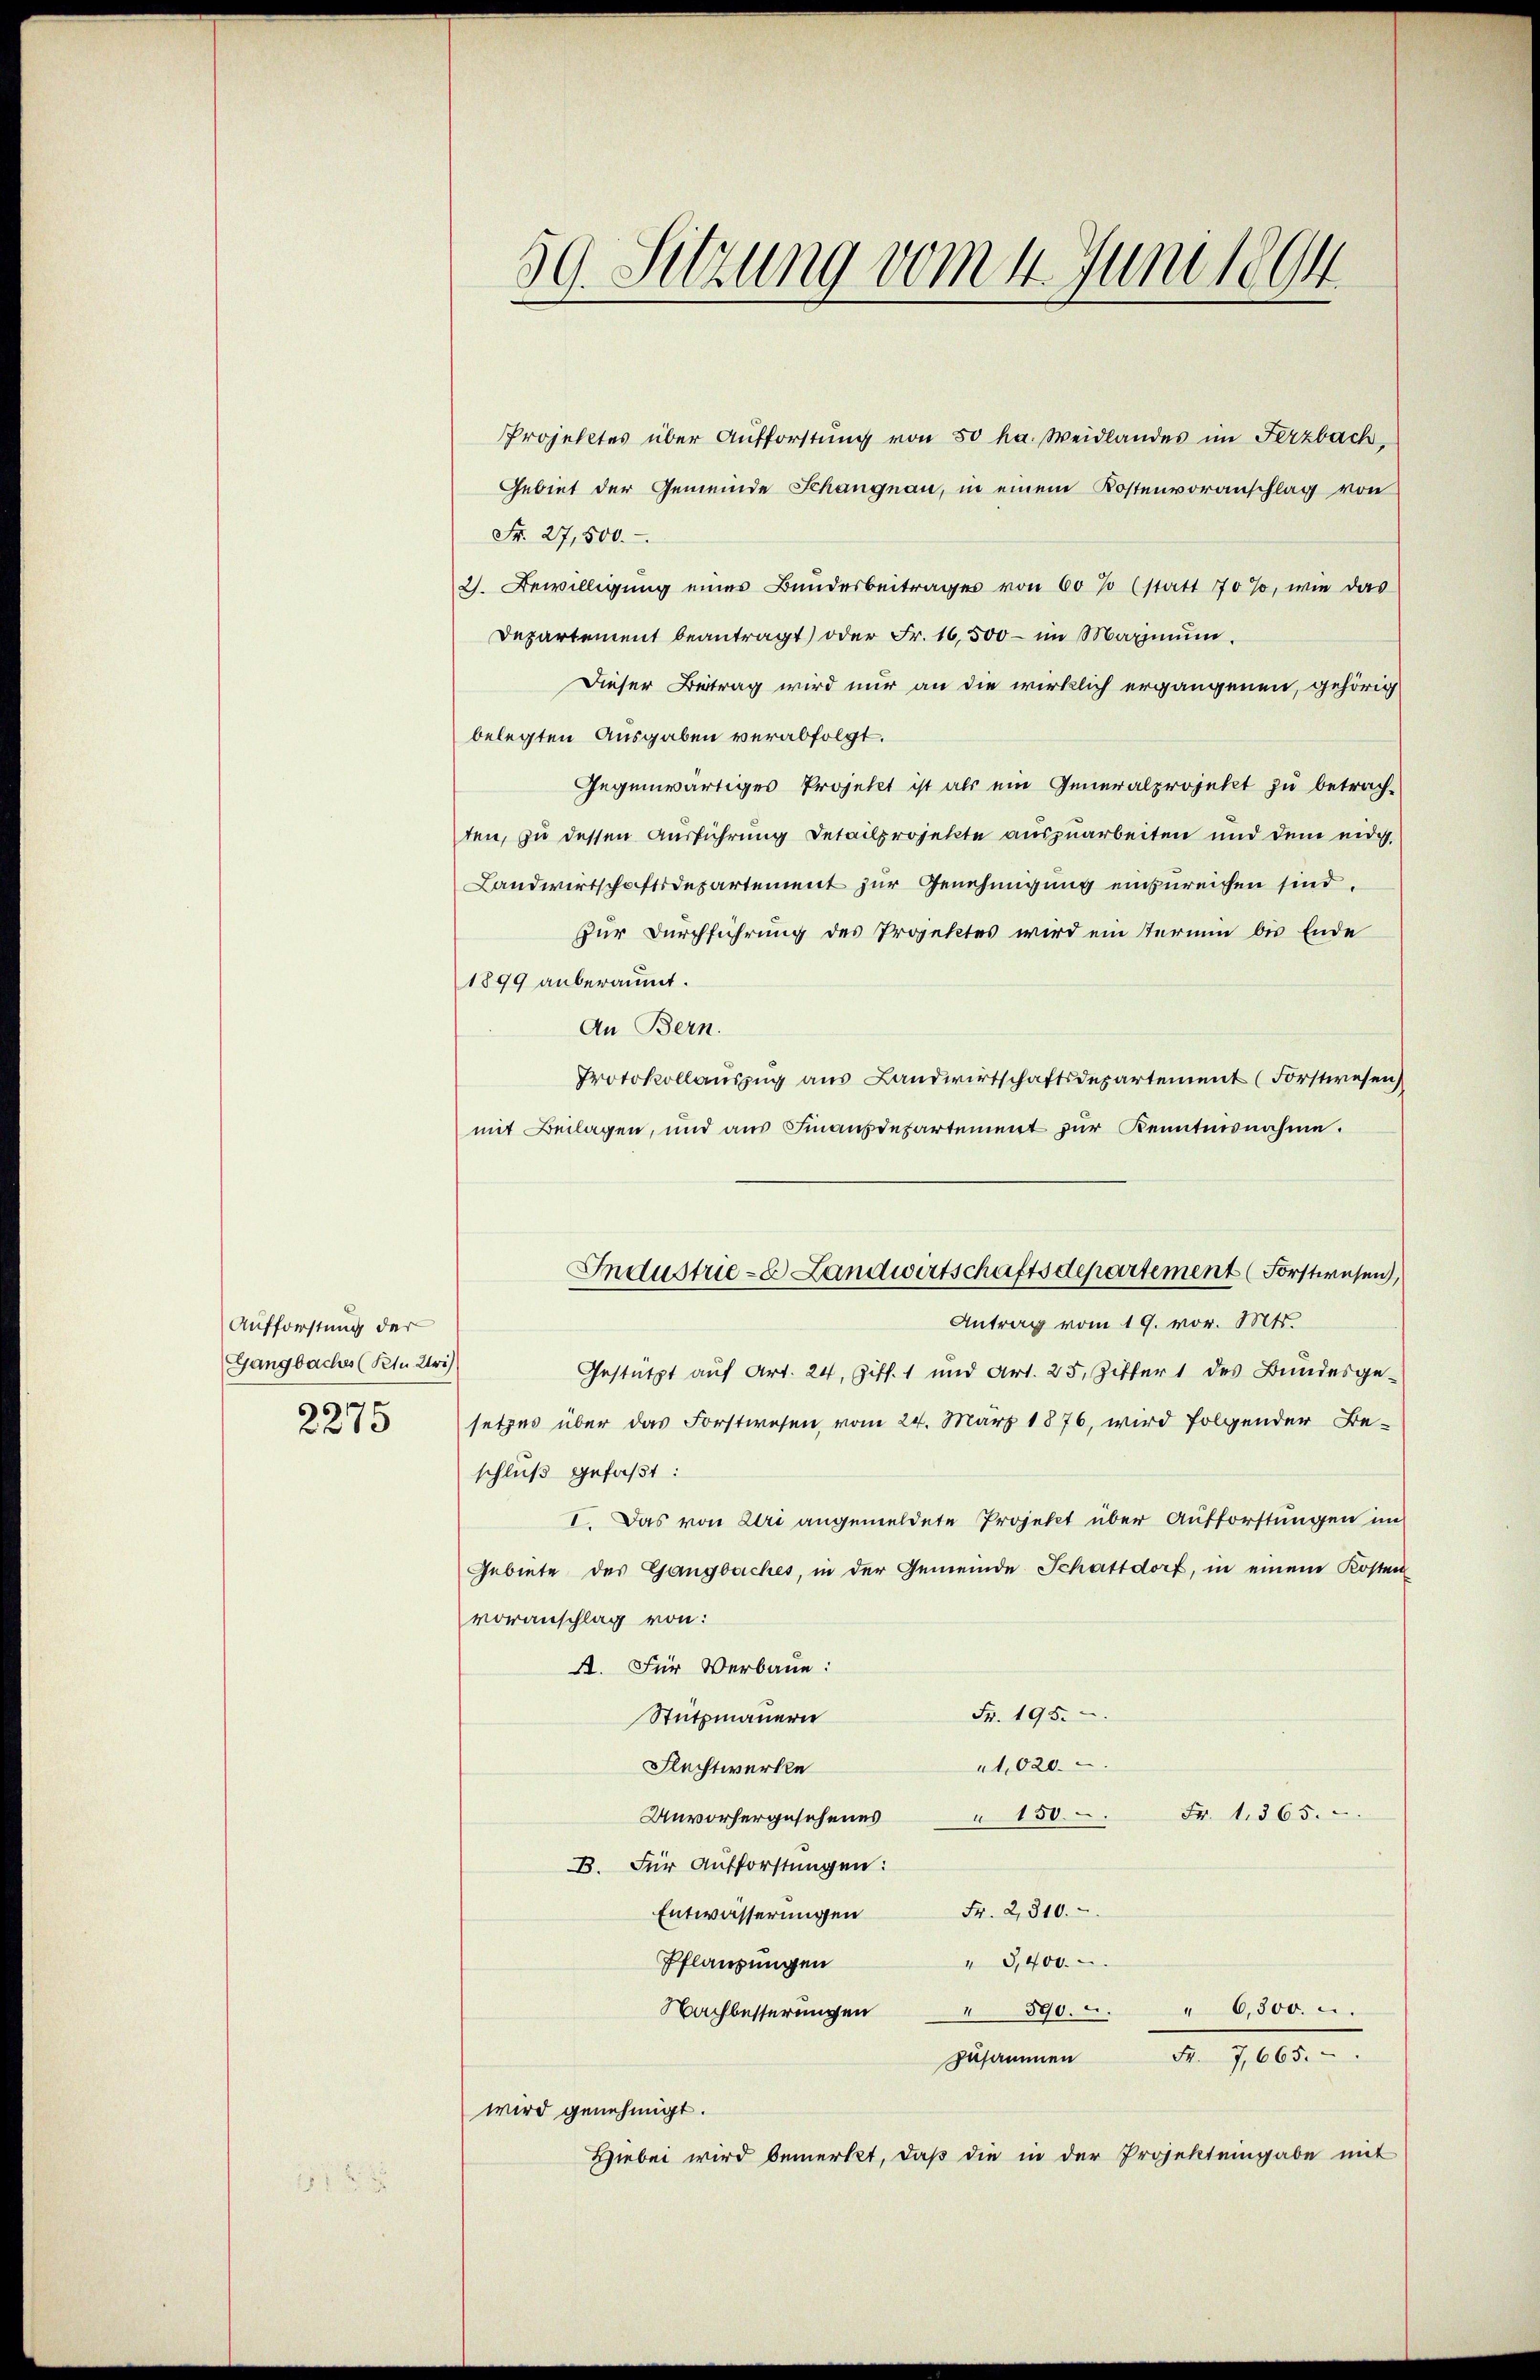
Aufforstung der
Gangbaches (Ptu Uri)
2275

Projektes über Aufforstung von 50 ha. Weidlandes im Ferzbach,
Gebiet der Gemeinde Schangnau, in einem Kostenvoranschlag von
Fr. 27,500.
2. Bewilligung eines Bundesbeitrages von 60 % (statt 70 %, wie das
Departement beantragt) oder Fr. 16,500 - im Magium.
Dieser Beitrag wird nur an die wirklich ergangenen, gehörig
belegten Ausgaben verabfolgt.
Gegenwärtiges Projekt ist als ein Generalprojekt zu betrach-
ten, zu dessen Ausführung Detailprojekte auszuarbeiten und dem eidg.
Landwirtschaftsdepartement zur Genehmigung einzureichen sind.
zur Durchführung des Projektes wird ein Termin bis Ende
1899 anberaumt.
An Bern.
Protokollauszug aus Landwirtschaftsdepartement (Forstwesen
mit Beilagen, und aŭs Finanzdepartement zŭr Kenntnisnahme.
Antrag vom 19. vor. Mts.
Gestützt auf Art. 24, Ziff. 1 und Art. 25. Ziffer 1 des Bundesgesetzes über das Forstwesen, vom 24. März 1876, wird folgender Be-
schluß gefaßt:
I. Das von Uri angemeldete Projekt über Aufforstungen im
Gebiete des Gangbaches, in der Gemeinde Schattdorf, in einem Kosten
voranschlag von:
A. Für Verbaue:
Fr. 195.
Stützmauern
1020.
Flechtwerke
Unvorhergesehenes " 150 Fr. 1365.
B. Für Aufforstungen:
Entwässerŭngen Fr. 2310.
" 9,400.
Pflanzungen
" 890. - " 6,500.
Nachbesserungen
zusammen
wird genehmigt.
Hiebei wird bemerkt, daß die in der Projekteingabe mit

39. Sitzung vom 4. Juni 1894

Industrie- Landwirtschaftsdepartement (Forstwesen,